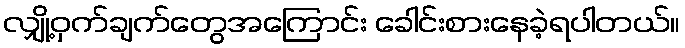
လျှို့ဝှက်ချက်တွေအကြောင်း ခေါင်းစားနေခဲ့ရပါတယ်။